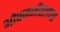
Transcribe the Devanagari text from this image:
ओपनजीएलच्या